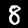
Label: 8